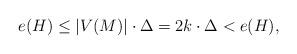
LaTeX: \begin{align*} e(H) \le |V(M)|\cdot \Delta = 2k\cdot \Delta < e(H),\end{align*}